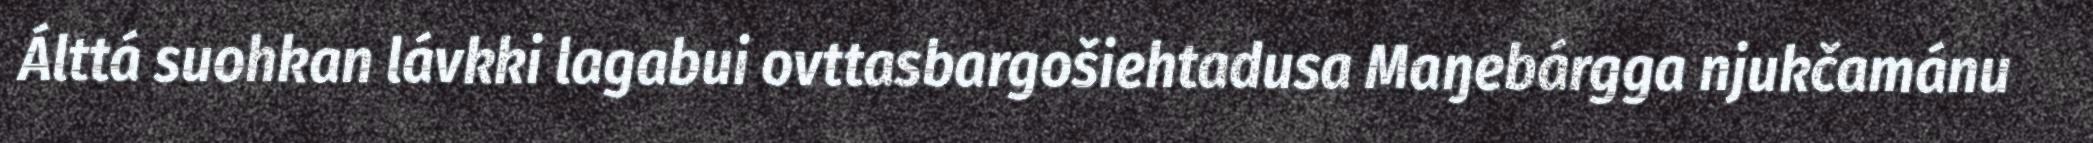
Álttá suohkan lávkki lagabui ovttasbargošiehtadusa Maŋebárgga njukčamánu